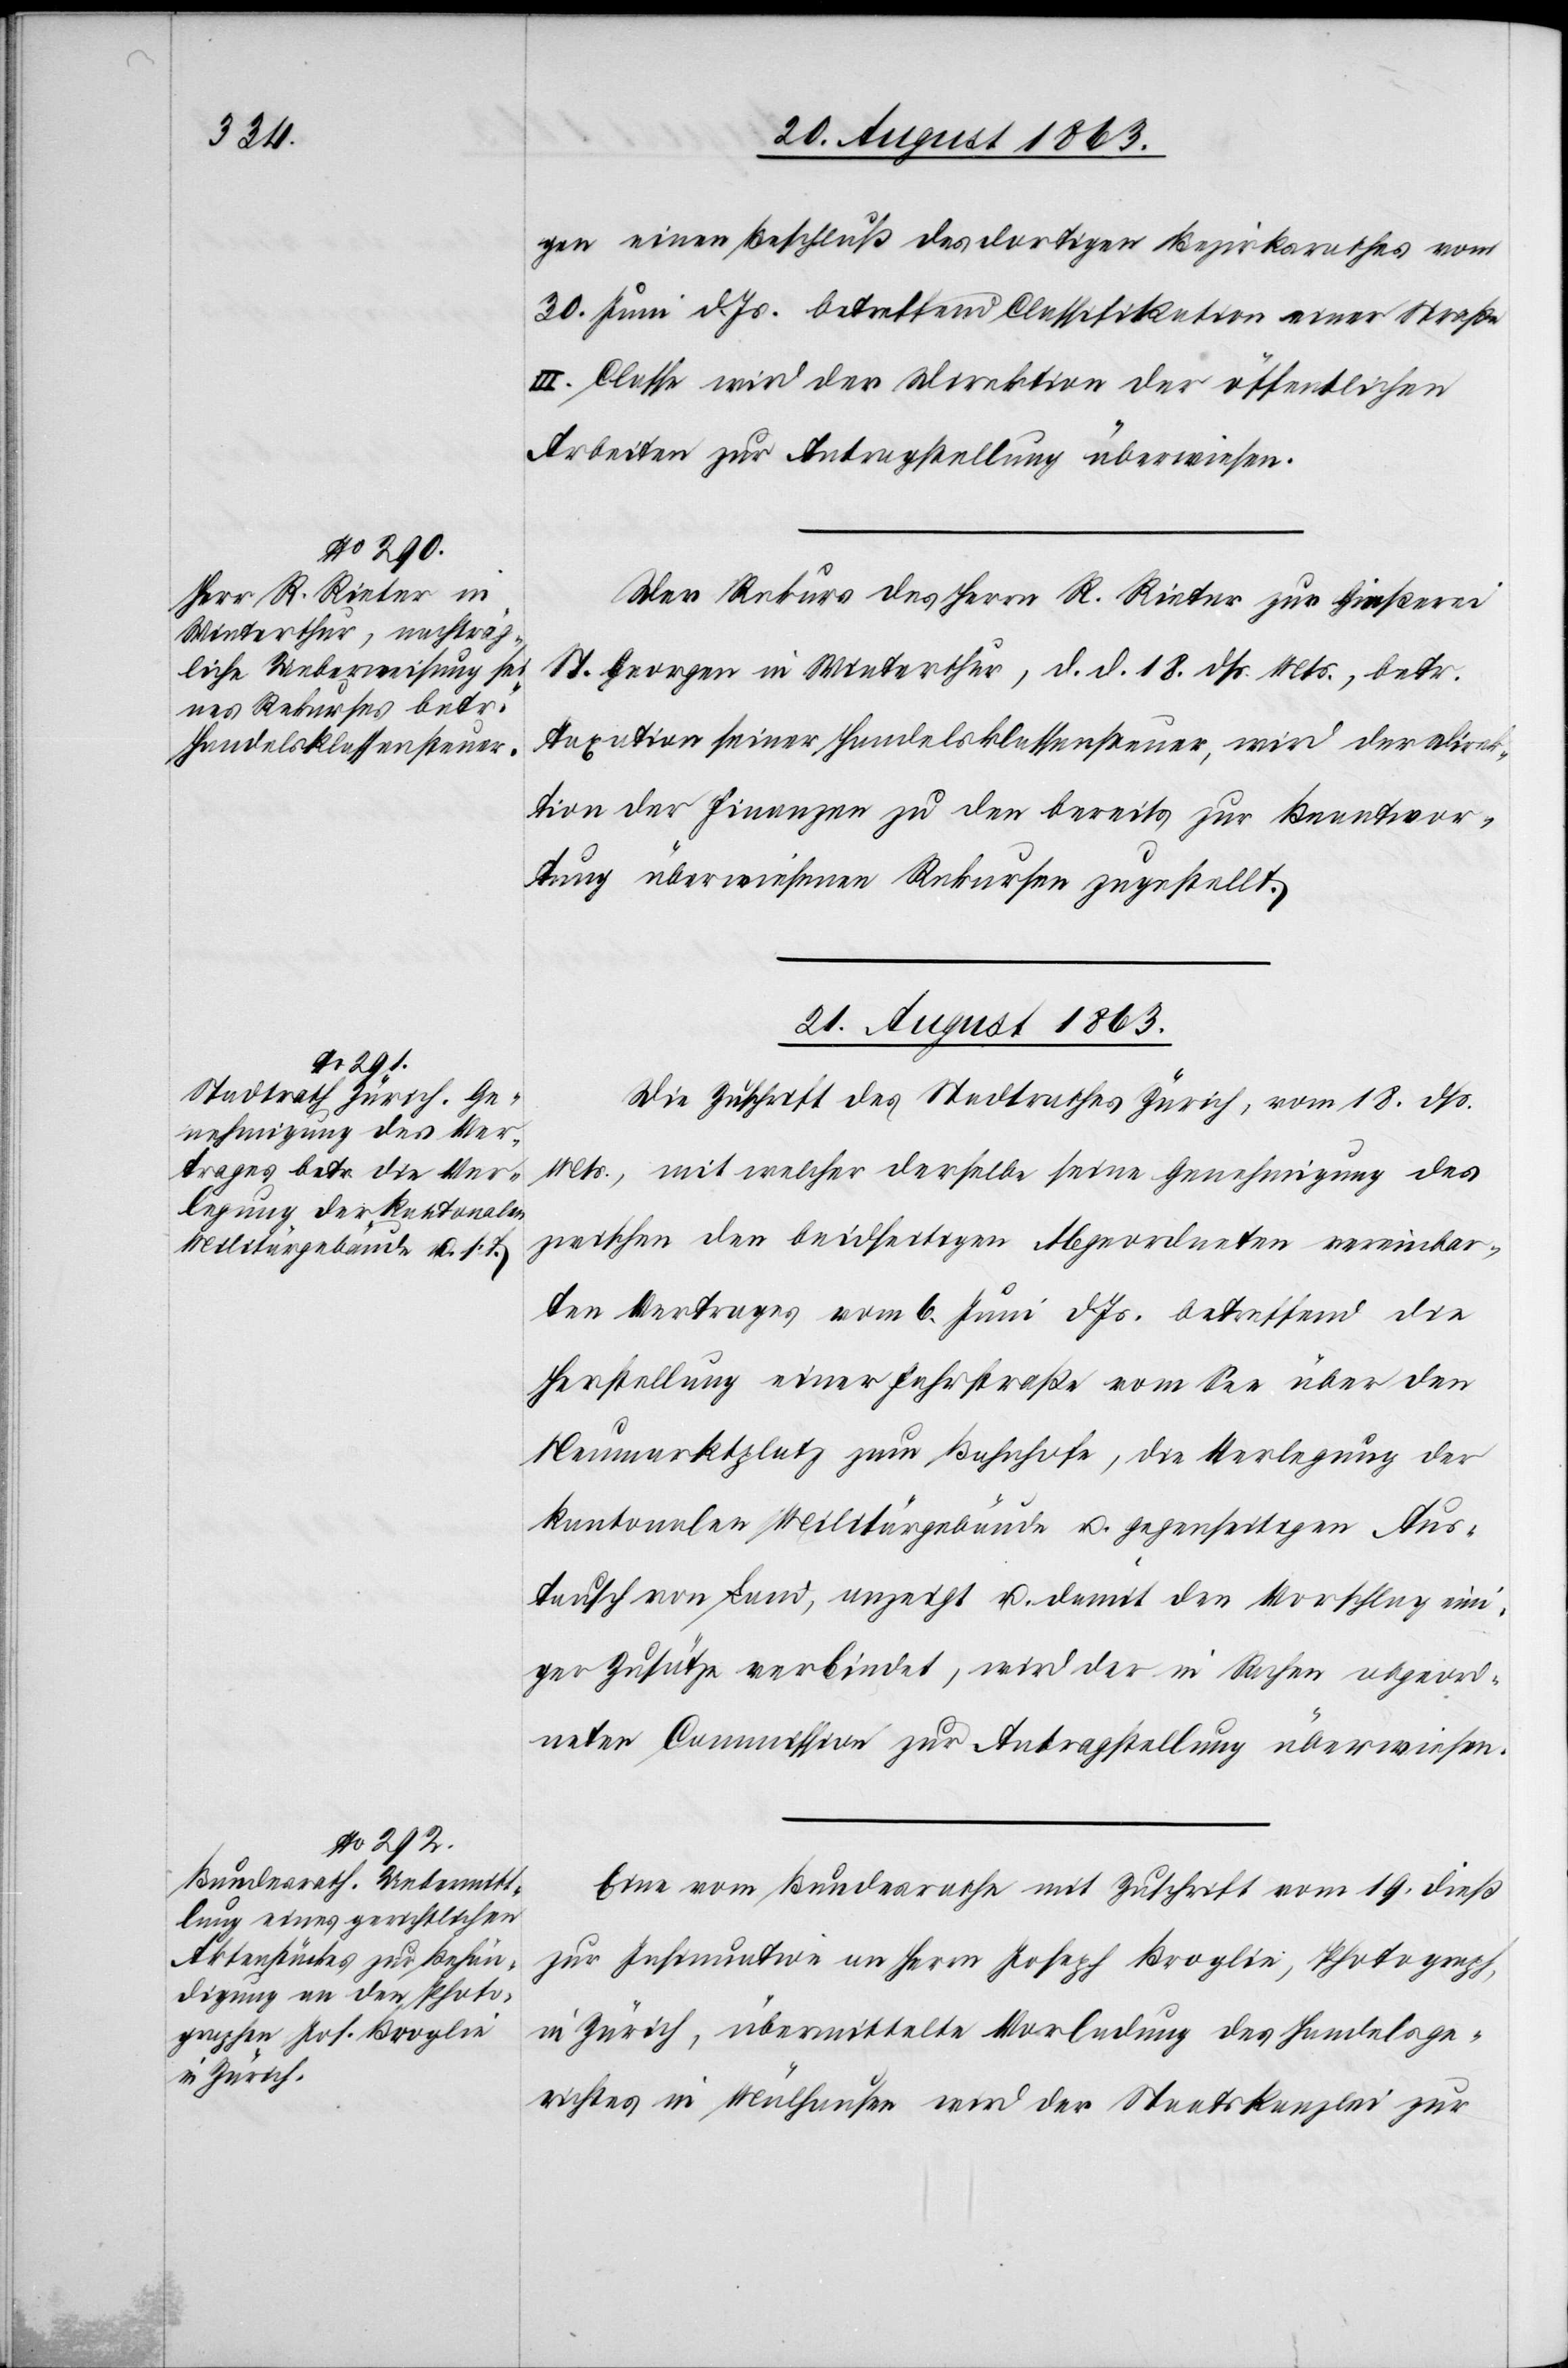
21. August 1863.]
gen einen Beschluß des dortigen Bezirksrathes vom
30. Juni d. Js. betreffend Classifikation einer Straße
III. Classe wird der Direktion der öffentlichen
Arbeiten zur Antragstellung überwiesen.
Der Rekurs des Herrn R. Rieter zur Gießerei
St. Georgen in Winterthur, d. d. 18. dß. Mts., betr.
Taxation seiner Handelsklassensteuer, wird der Direk¬
tion der Finanzen zu den bereits zur Beantwor¬
tung überwiesenen Rekursen zugestellt.
21. August 1863.
Die Zuschrift des Stadtrathes Zürich, vom 18. dß.
Mts., mit welcher derselbe seine Genehmigung des
zwischen den beidseitigen Abgeordneten vereinbar¬
ten Vertrages vom 6. Juni d. Js. betreffend die
Herstellung einer Fahrstraße vom See über den
Neumarktplatz zum Bahnhofe, die Verlegung der
kantonalen Militärgebäude u. gegenseitigen Aus¬
tausch von Land, anzeigt, u. damit den Vorschlag eini¬
ger Zusätze verbindet, wird der in Sachen abgeord¬
neten Commission zur Antragstellung überwiesen.
Eine vom Bundesrathe mit Zuschrift vom 19. dieß
zur Insinuation von Herrn Joseph Broglie, Photograph,
in Zürich, übermittelte Vorladung des Handelsge¬
richtes in Mühlhausen wird der Staatskanzlei zur